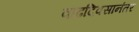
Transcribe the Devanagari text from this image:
वाढदिवसानंतर